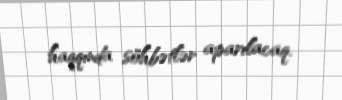
haqqında söhbətlər aparılacaq.